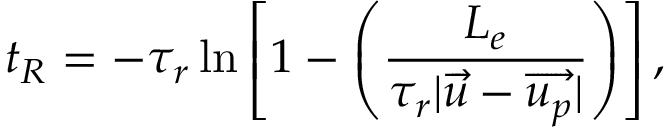
t _ { R } = - \tau _ { r } \ln \left[ 1 - \left( \frac { L _ { e } } { \tau _ { r } | \overrightarrow { u } - \overrightarrow { u _ { p } } | } \right) \right] ,